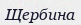
Щербина